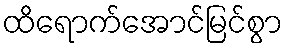
ထိရောက်အောင်မြင်စွာ